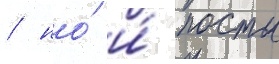
/ но́ и́ посты